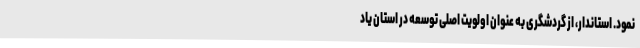
نمود. استاندار، از گردشگری به عنوان اولویت اصلی توسعه در استان یاد